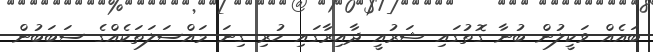
ބައެއް ވަކީލުން ބުނާ ގޮތުގައި ޝަރުއީ ދާއިރާގައި ހުރި ގިނަ މައްސަލަތަކެއްގެ ސަބަބުން